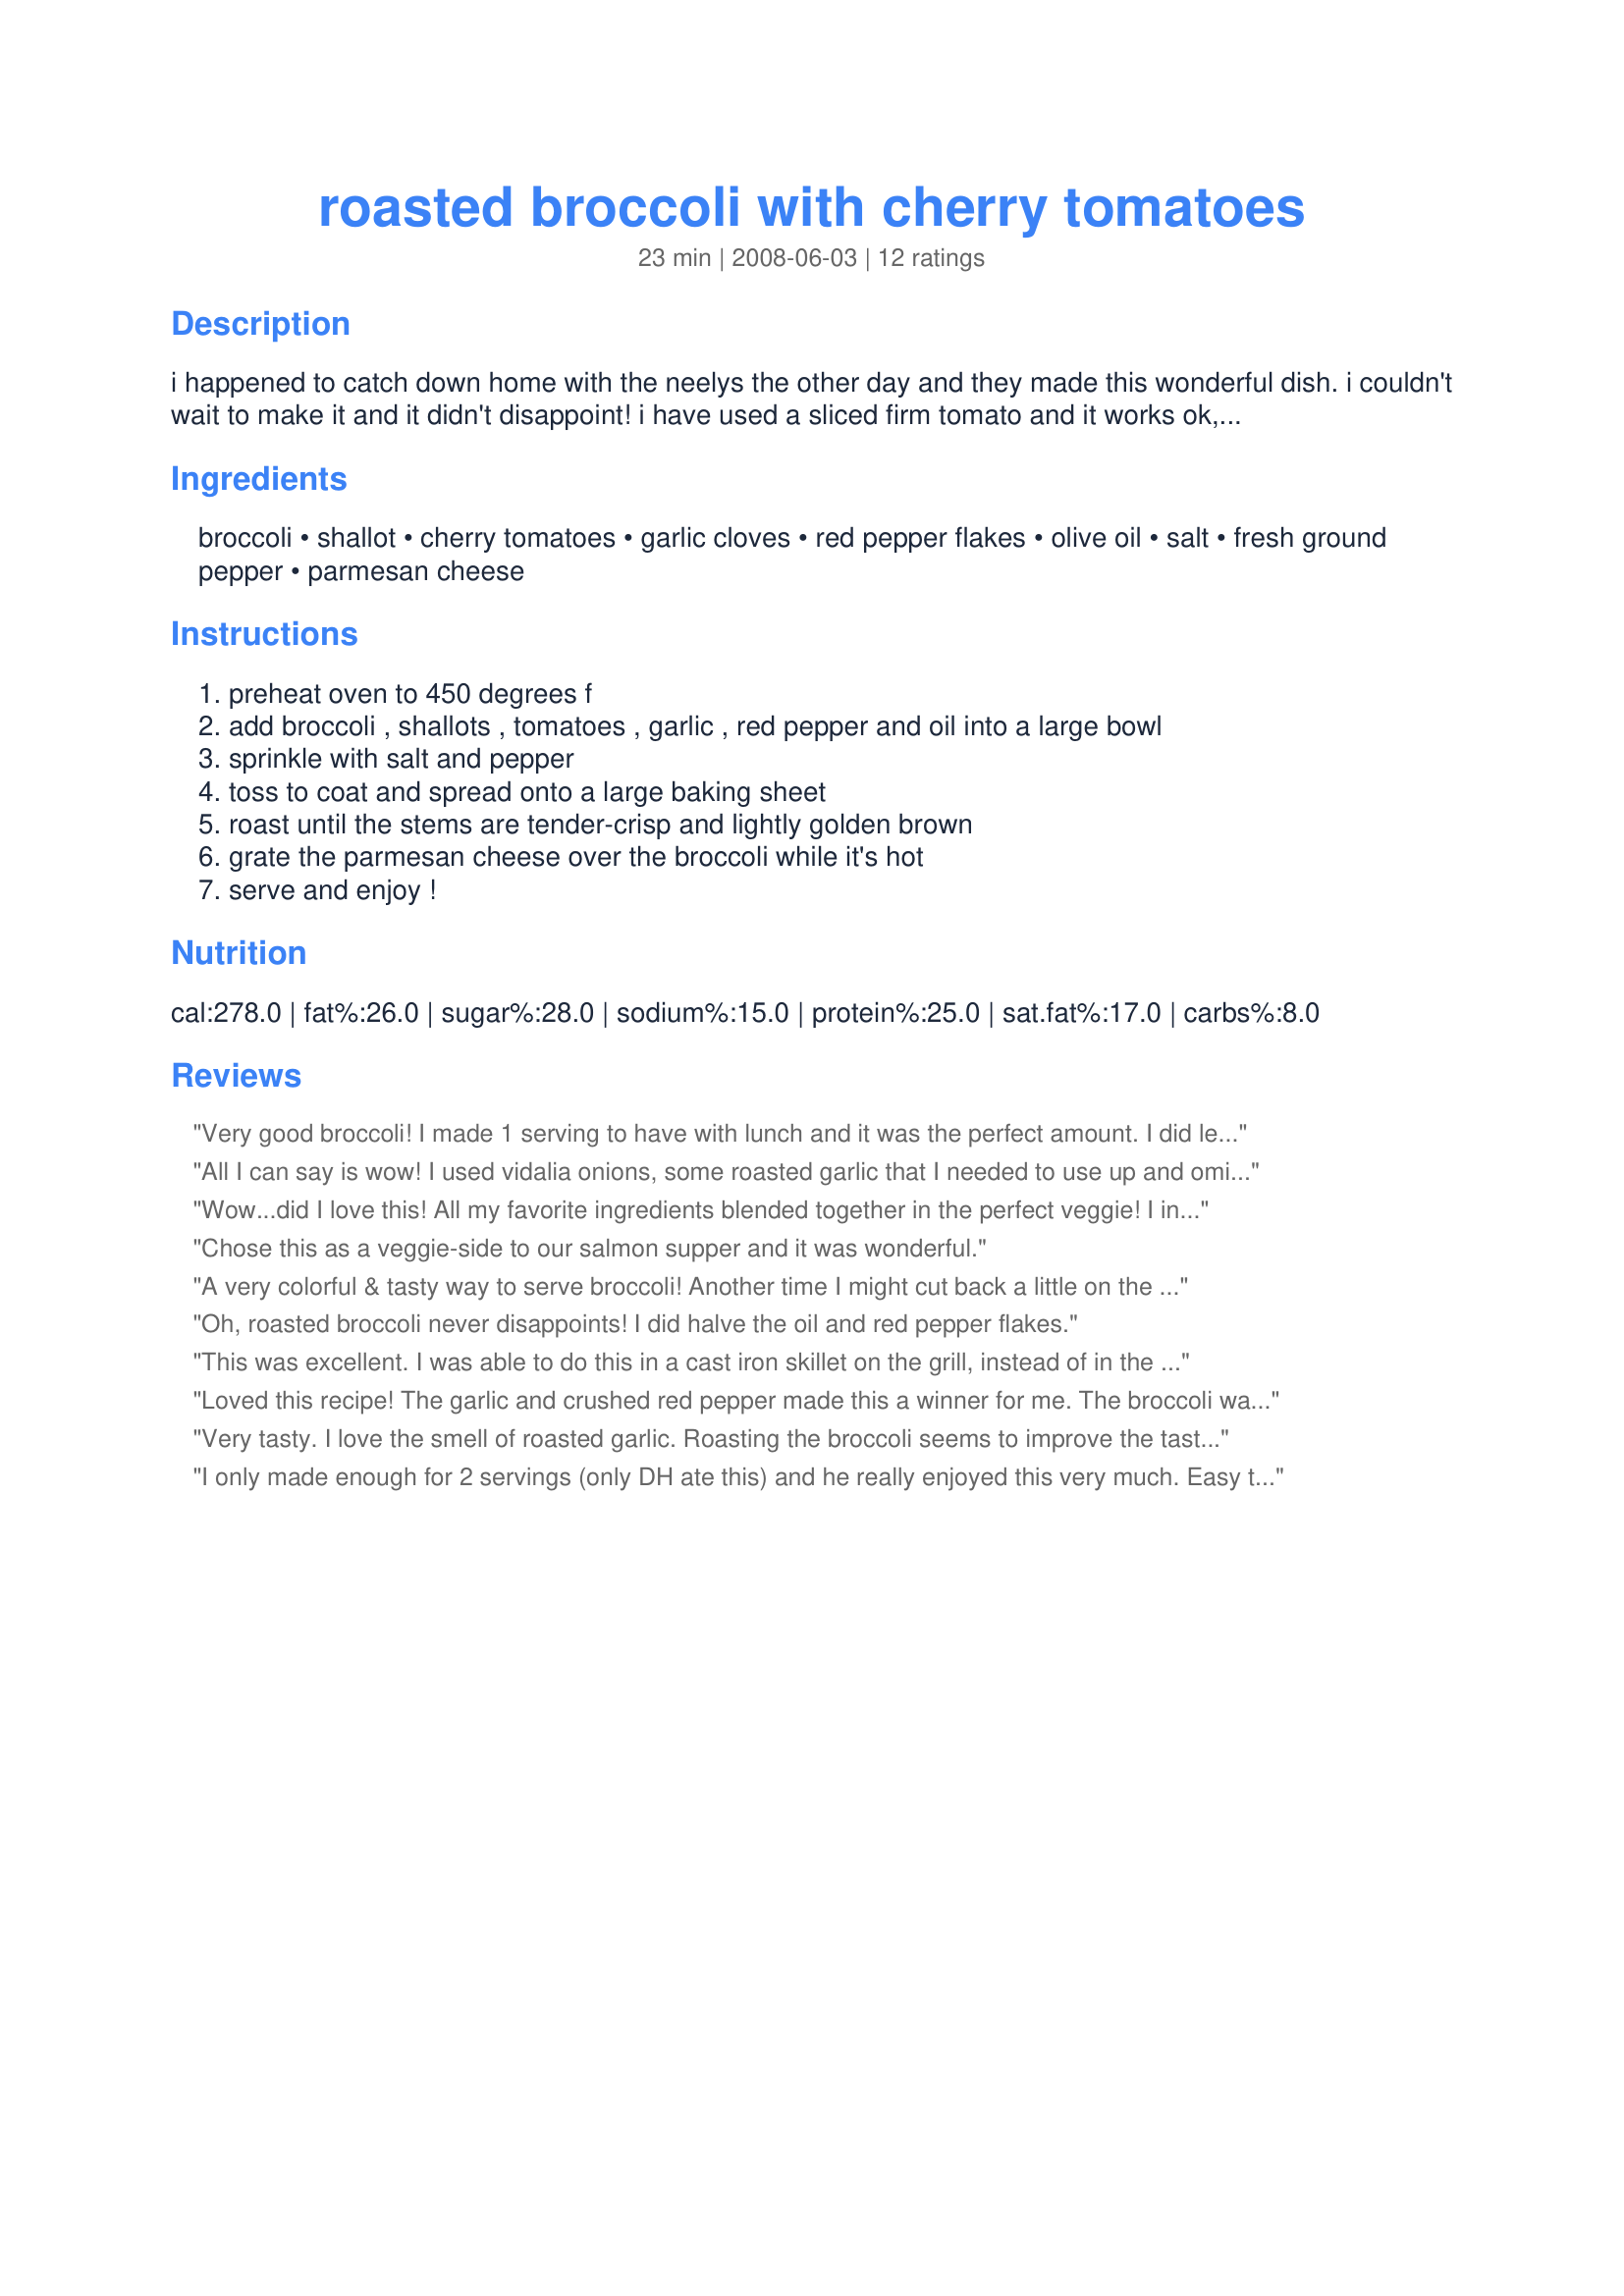
roasted broccoli with cherry tomatoes
Preparation time: 23 minutes

i happened to catch down home with the neelys the other day and they made this wonderful dish. i couldn't wait to make it and it didn't disappoint! i have used a sliced firm tomato and it works ok, i think the cherry tomatoes are better.

Ingredients:
broccoli, shallot, cherry tomatoes, garlic cloves, red pepper flakes, olive oil, salt, fresh ground pepper, parmesan cheese

Steps:
preheat oven to 450 degrees f
add broccoli , shallots , tomatoes , garlic , red pepper and oil into a large bowl
sprinkle with salt and pepper
toss to coat and spread onto a large baking sheet
roast until the stems are tender-crisp and lightly golden brown
grate the parmesan cheese over the broccoli while it's hot
serve and enjoy !

Reviews:
Very good broccoli! I made 1 serving to have with lunch and it was the perfect amount. I did leave out the pepper flakes but otherwise made as is. Will definately make again! Made for Best of 2010 Cookbook Tag.
All I can say is wow! I used vidalia onions, some roasted garlic that I needed to use up and omitted the salt. DH is on a low salt diet so the parmesan really was sufficient. Ths would be good with chopped tomatoes but the cherry tomatoes are prettier. Thanks for a great recipe.
Wow...did I love this! All my favorite ingredients blended together in the perfect veggie! I increased the garlic and used campari tomatoes. FABULOUS!
Chose this as a veggie-side to our salmon supper and it was wonderful.
A very colorful & tasty way to serve broccoli! Another time I might cut back a little on the red pepper flakes, but that's just my preference, & as is, this makes for a WONDERFUL SIDE DISH, & a definite keeper of a recipe! [Tagged, made & reviewed in Please Review My Recipe]
Oh, roasted broccoli never disappoints! I did halve the oil and red pepper flakes.
This was excellent. I was able to do this in a cast iron skillet on the grill, instead of in the oven with great results. Made for ZWT6.
Loved this recipe! The garlic and crushed red pepper made this a winner for me. The broccoli was a nice combination with the tomatoes and parmesan. Great recipe - thanks for sharing it! Made for ZWT6, Zwizzle Chicks
Very tasty. I love the smell of roasted garlic. Roasting the broccoli seems to improve the taste measureably (not that I don't like broccoli, but my BF decided he did after this). 4 tablespoons of oil is excessive. I would have added maybe 3-4 teaspoons, but my BF had already added 2 tablespoons (he was helping me cook, and frankly he should have known better than to add all that oil). So, this dish turned out to be too oily for me, but otherwise the taste was great so I give it 5*.
I only made enough for 2 servings (only DH ate this) and he really enjoyed this very much. Easy to make and I baked this while preparing the rest of our dinner. Definitely a keeper for the hubby! Thanks for posting - made for "Smokin' Hot" tag game in the Diabetic Forum.
Fantastic recipe! I followed the recipe exactly, although I forgot about the parmesan at the end. Will definitely remember to add that next time. We thoroughly enjoyed this, and will certainly make it again. Made and reviewed for ZWT 4!
I sliced each floret into 3 pieces to make sure it cooked through. I quartered the recipe and loved it! The tomatoes really upped the flavor! Thanks Gayla!
